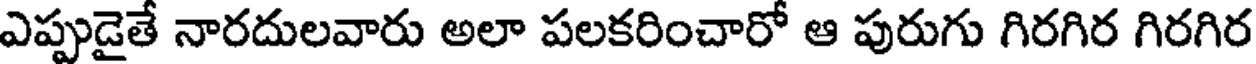
ఎప్పుడైతే నారదులవారు అలా పలకరించారో ఆ పురుగు గిరగిర గిరగిర